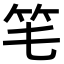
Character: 𥫬